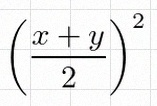
\left(\frac{x+y}{2}\right)^2